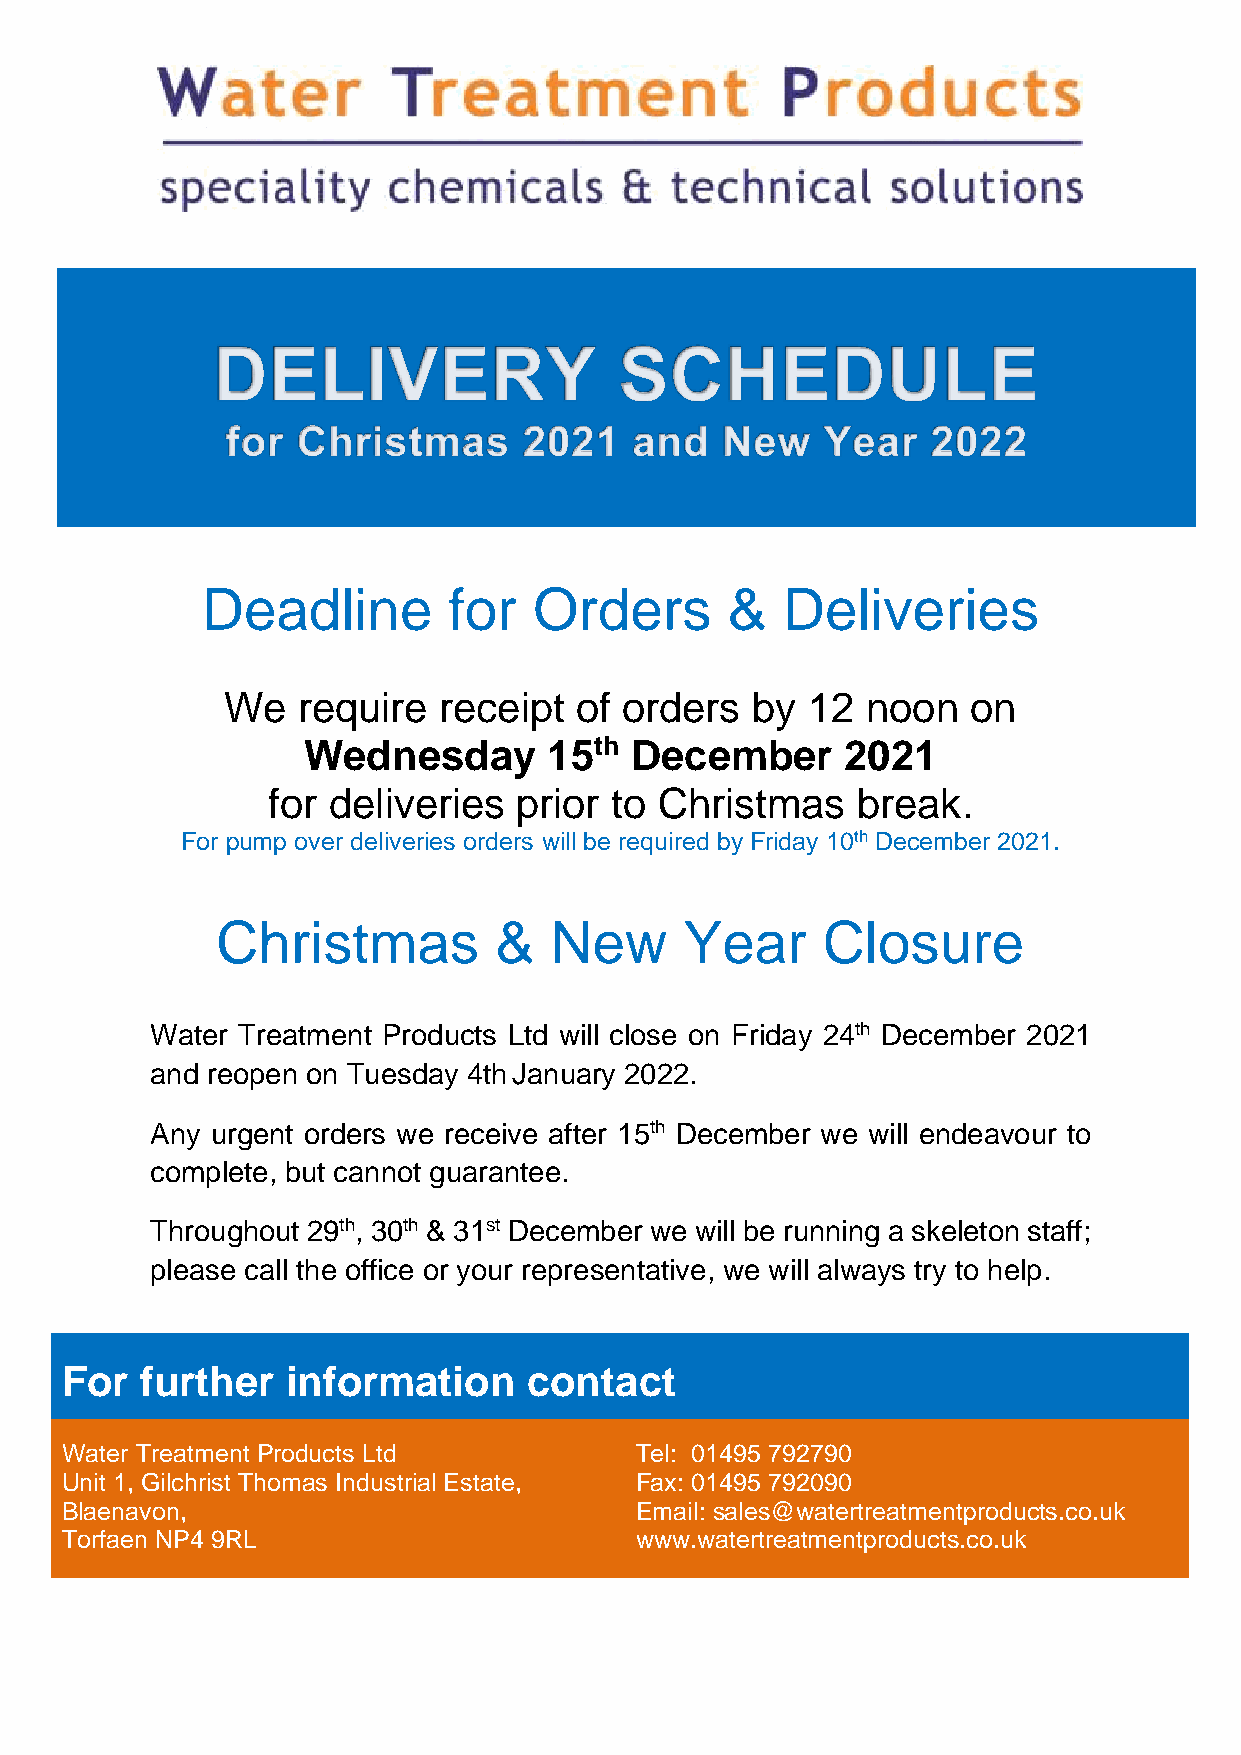
Deadline         for  Orders       &   Deliveries
 We   require  receipt  of orders   by 12  noon   on
 Wednesday       15th  December      2021
 for deliveries  prior to  Christmas    break.
 For pump over deliveries orders will be required by Friday 10th December 2021.
 Christmas          &  New      Year     Closure
 Water Treatment Products Ltd will close on Friday 24th December 2021
 and reopen on Tuesday 4th January 2022.
 Any urgent orders we receive after 15th December we will endeavour to
 complete, but cannot guarantee.
 Throughout 29th, 30th & 31st December we will be running a skeleton staff;
 please call the office or your representative, we will always try to help.
 For  further   information     contact
 Water Treatment Products Ltd          Tel: 01495 792790
 Unit 1, Gilchrist Thomas Industrial Estate, Fax: 01495 792090
 Blaenavon,                            Email: sales@watertreatmentproducts.co.uk
 Torfaen NP4 9RL                       www.watertreatmentproducts.co.uk